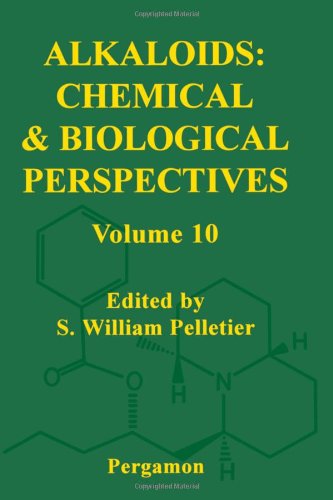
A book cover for Alkaloids: Chemical and Biological Perspectives, Volume 10; Science & Math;